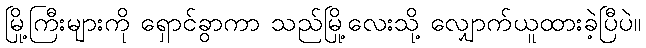
မြို့ကြီးများကို ရှောင်ခွာကာ သည်မြို့လေးသို့ လျှောက်ယူထားခဲ့ပြီပဲ။